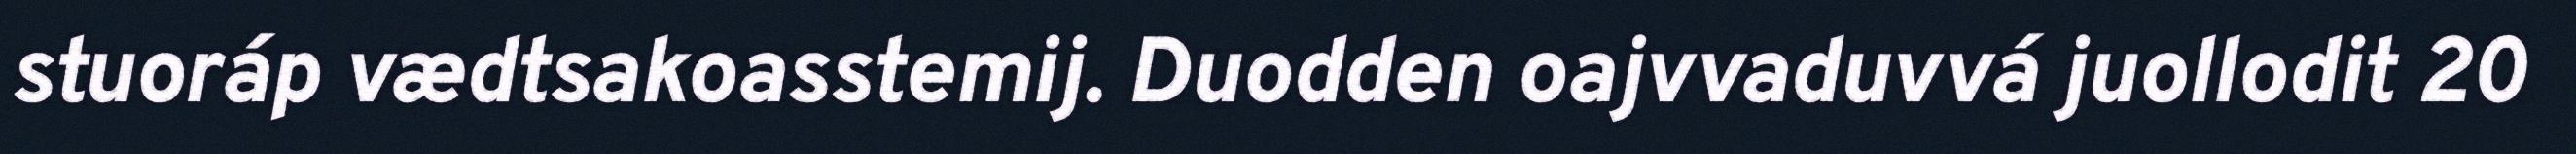
stuoráp vædtsakoasstemij. Duodden oajvvaduvvá juollodit 20